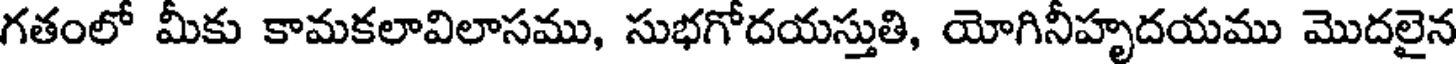
గతంలో మీకు కామకలావిలాసము, సుభగోదయస్తుతి, యోగినీహృదయము మొదలైన